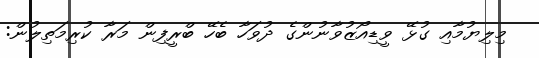
މިލިޔުމާއި ގުޅޭ ވީޑިއޯޒުވާނުންގެ ދުވަހާ ބެހޭ ބްރީފިން މަރާ ކުރިމަތިލުން: